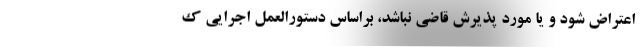
اعتراض شود و یا مورد پذیرش قاضی نباشد، براساس دستورالعمل اجرایی ک